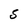
Character: S